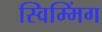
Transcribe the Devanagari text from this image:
स्विम्मिंग